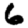
Digit: 6